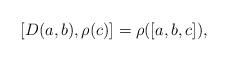
LaTeX: \begin{align*} [D(a, b), \rho(c)]=\rho([a, b, c]), \end{align*}